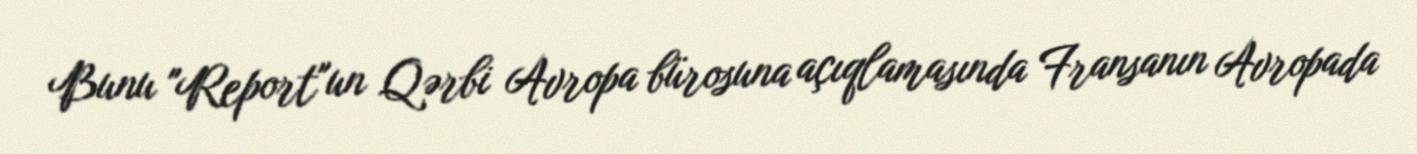
Bunu "Report"un Qərbi Avropa bürosuna açıqlamasında Fransanın Avropada